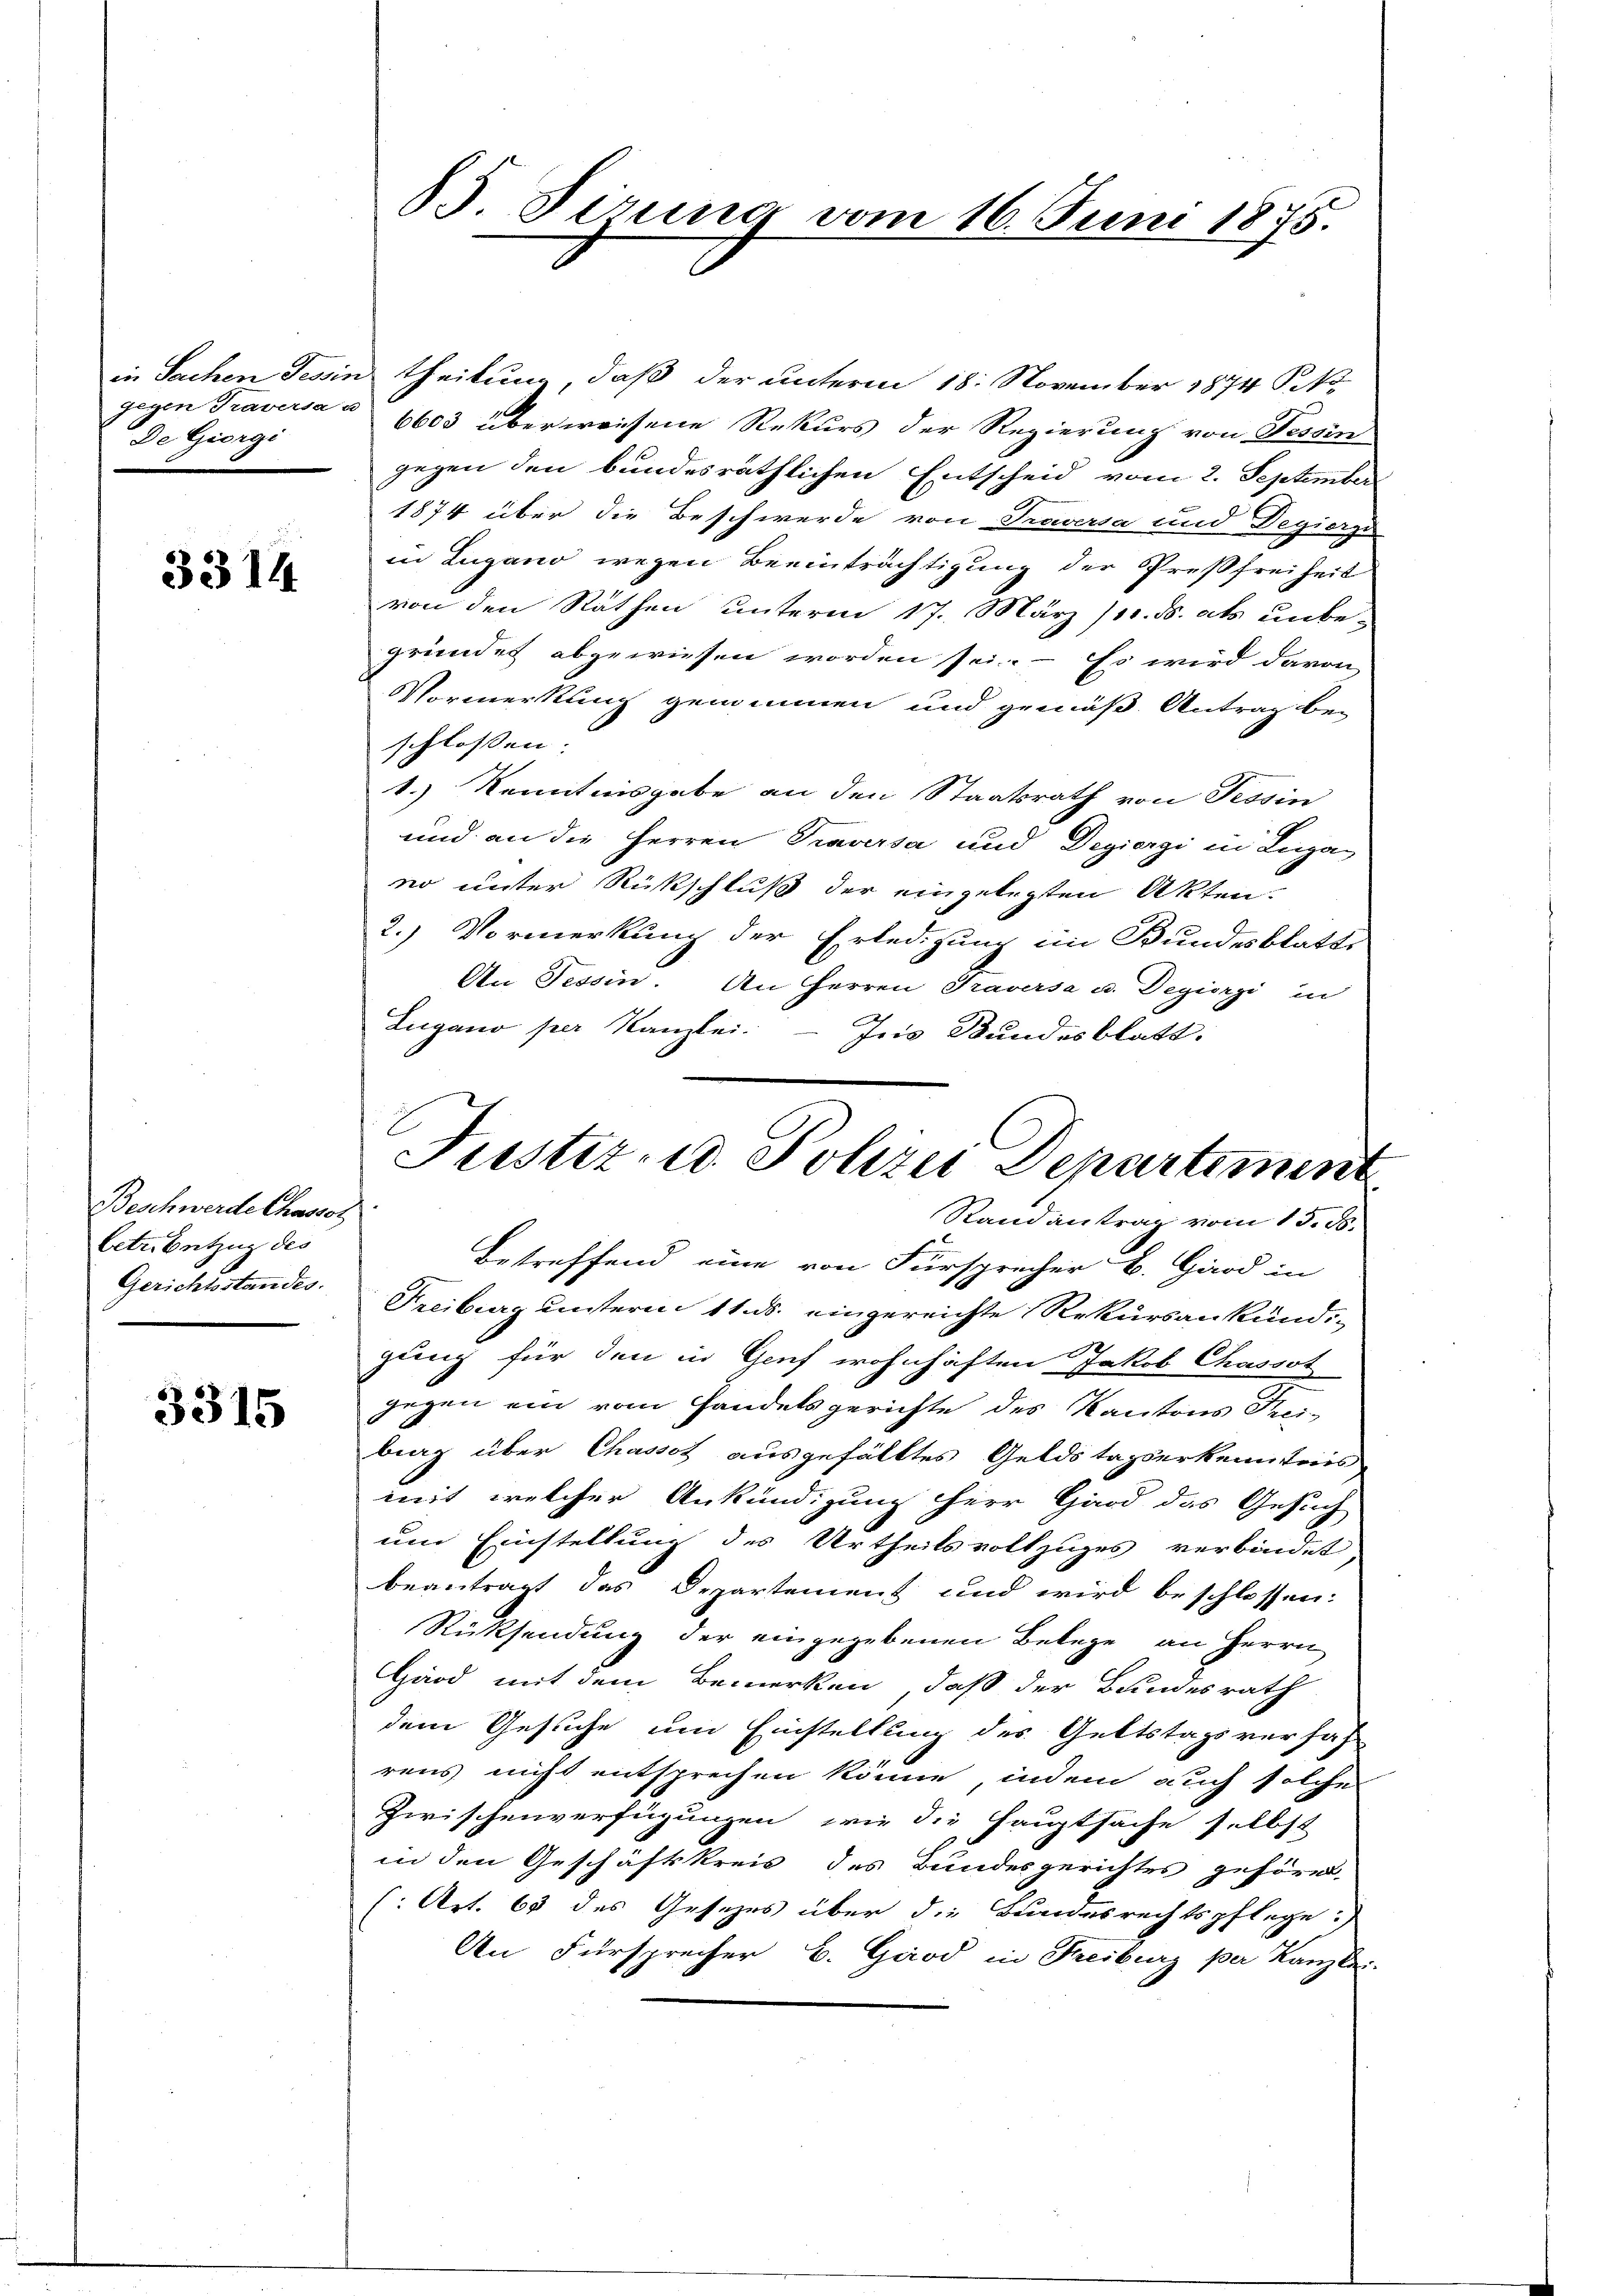
in Sachen Tessin
gegen Traversa a
De Giorgi

3314.

Beschwerde Chassos
Cetributzug des
Gerichtsstandes.

3315

85. Sirung vom 16. Juni 1875.

d Theilung, daß der unterm 18. November 1874 St
6603 überweisene Rekurs der Regierung von Tessin
gegen den bundesräthlichen Entscheid vom 2. September
1874 über die Beschwerde von Traversa und Degierzu
in Lugano wegen Beeinträchtigung der Preßfreiheit
von den Räthen unterm 17. März 1. ds. als unbe-
gründet abgewiesen worden sei. – Es wird davon
Vormerkung gewinnen und gemäß Antrag bei
schlossen:
1.) Kenntnisgabe an den Staatsrath von Tessin
und an die Herren Traversa und Degieri in Luga
no unter Rückschluß der eingelegten Akten.
2.) Vormerkung der Erledigung im Bundesblatt
An Tessin. An Herren Traversa u. Degierzi in
Lugano per Kanzlei. - Ins Bundesblatt.
Betreffend eine von Fürsprecher B. Gard in
Freiburg untern 11. ds. eingereichte Rekursankund
gung für den in Genf wohnhaften Jakob Chassot
gegen ein vom Handelsgerichte des Kantons Trei-
bing über Chassot ausgefälltes Geldstagserkenntnis
mit, welcher Ankündigung herr Hand das Gesuch
um Einstellung des Urtheilsvollzuges verbindet
beantragt das Departement und wird beschlossen:
Rücksendung der eingegebenen Belege an Herrn
Gäod mit dem Bemerken, daß der Bundesrath
dem Gesuche um Einstellung des Geltstagsversah
rens nicht entsprechen könne, indem auch solche
Zwischenverfügungen, wie die Hauptsache selbst
in den Geschäftskreis des Bundesgerichtes geför-
(Art. 63 des Gesezes über die Bandesrechtspflege!)
An Fürsprecher B. Gard in Freiburg per Kanzlei

Justiz- u. Polizei Departement
Randantrag vom 15. ds.